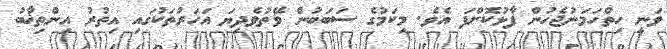
ވަނީ ހިތްހަމަނުޖެހުން ފާޅުކޮށްފަ އެވެ. މިކަމުގެ ސަބަބުން ވޭތުވެދިޔަ އަހަރުތަކުގައި އިތުރު އިންތިޚާބު